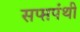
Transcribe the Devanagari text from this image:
सप्प्तपंथी